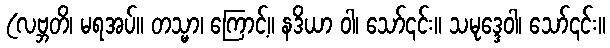
(လဗ္ဘတိ၊ မရအပ်။ တသ္မာ၊ ကြောင့်။ နဒိယာ ဝါ၊ သော်၎င်း။ သမုဒ္ဒေဝါ၊ သော်၎င်း။